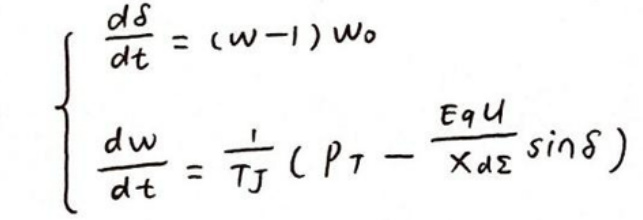
\[
\left\{
\begin{array}{l}
\frac{d\delta}{dt} = (\omega - 1)\omega_0 \\
\frac{d\omega}{dt} = \frac{1}{T_J} \left( P_T - \frac{E_q U}{X_{d\Sigma}} \sin\delta \right)
\end{array}
\right.
\]